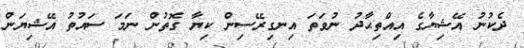
ދެކުނު އޭޝިޔާގެ އިއްތިޙާދު ނުވަތަ އިނގިރޭސިން ކިޔާ ގޮތުން ނަމަ ސައުތު އޭޝިޔަން